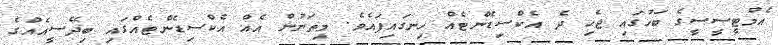
އެމްޓީސީސީގެ ބަހުގައި ޖެހި ދެ އެކްސިޑެންޓެއް ހިނގައިފައެވެ. މިތަނުން އެއް އެކްސިޑެންޓެއްގައި ބިދޭސީއެއްގެ